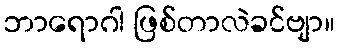
ဘာရောဂါ ဖြစ်တာလဲခင်ဗျာ။